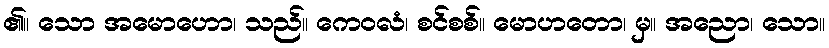
၏။ သော အမောဟော၊ သည်။ ကေဝလံ၊ စင်စစ်။ မောဟတော၊ မှ။ အညော၊ သော။